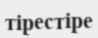
тірестіре